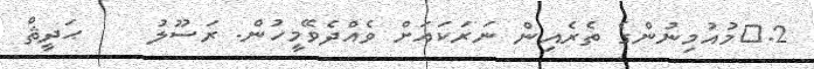
2.	މުއުމިނުންގެ ތެރެއިން ނަރަކައަށް ވެއްދެވޭމީހުން. ރަސޫލު     ޙަދީޘް